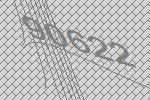
90622